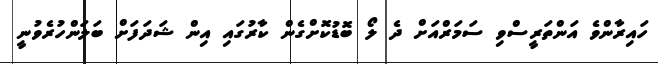
ހައިރާންވެ އަންތަރީސްވި ސަމަރްއަށް ދެ ލޯ ބޮޑުކޮށްގެން ކާރުގައި އިން ޝަދަފަށް ބަލަންހުރެވުނީ